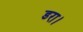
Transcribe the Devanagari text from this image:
डरा।